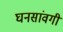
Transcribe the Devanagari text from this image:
घनसांवगी